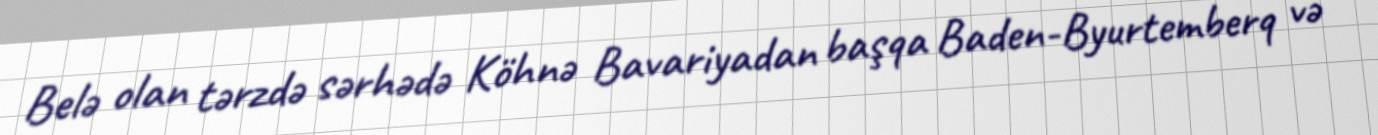
Belə olan tərzdə sərhədə Köhnə Bavariyadan başqa Baden-Byurtemberq və